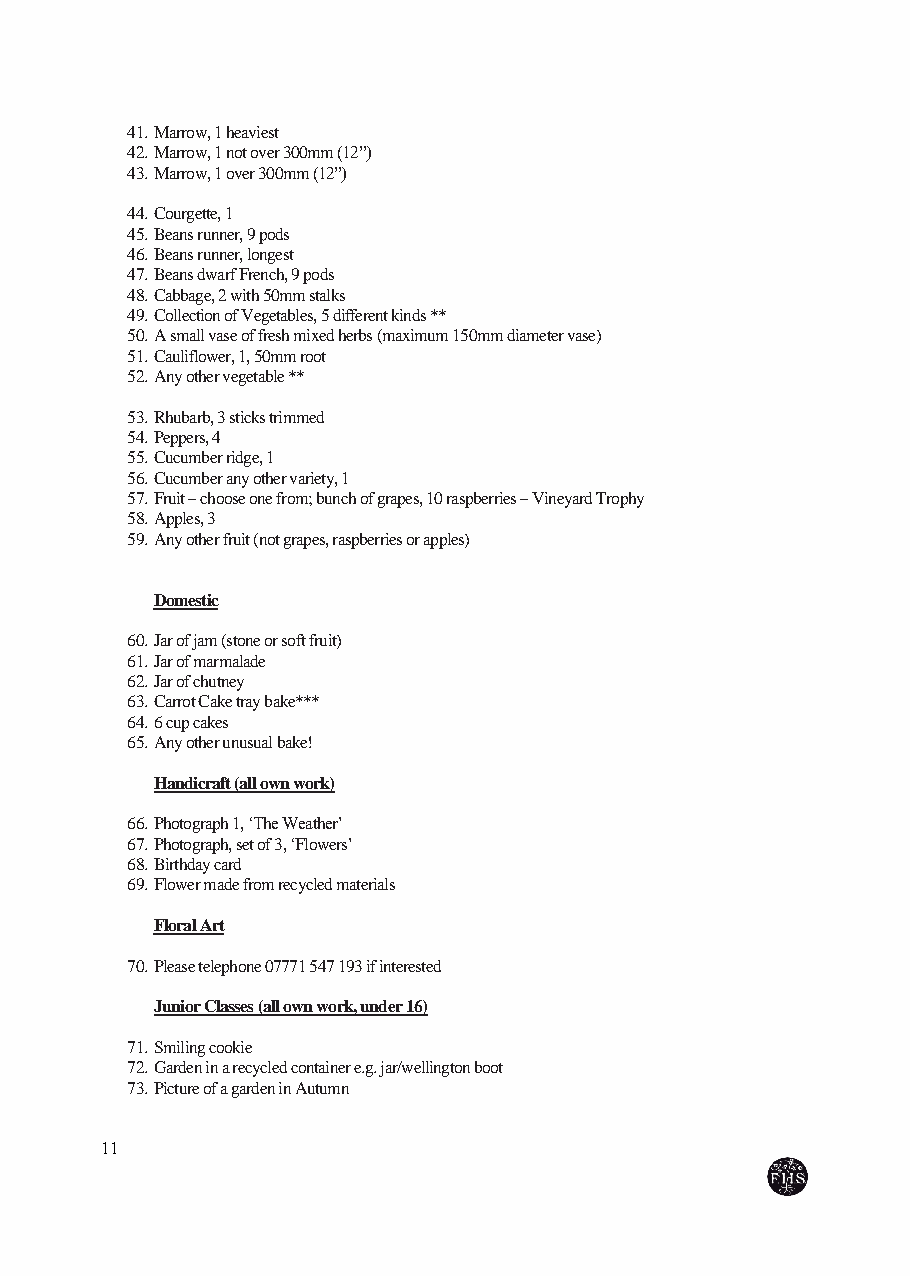
41. Marrow, 1 heaviest
 42. Marrow, 1 not over 300mm (12”)
 43. Marrow, 1 over 300mm (12”)
 44. Courgette, 1
 45. Beans runner, 9 pods
 46. Beans runner, longest
 47. Beans dwarf French, 9 pods
 48. Cabbage, 2 with 50mm stalks
 49. Collection of Vegetables, 5 different kinds **
 50. A small vase of fresh mixed herbs (maximum 150mm diameter vase)
 51. Cauliflower, 1, 50mm root
 52. Any other vegetable **
 53. Rhubarb, 3 sticks trimmed
 54. Peppers, 4
 55. Cucumber ridge, 1
 56. Cucumber any other variety, 1
 57. Fruit – choose one from; bunch of grapes, 10 raspberries – Vineyard Trophy
 58. Apples, 3
 59. Any other fruit (not grapes, raspberries or apples)
 Domestic
 60. Jar of jam (stone or soft fruit)
 61. Jar of marmalade
 62. Jar of chutney
 63. Carrot Cake tray bake***
 64. 6 cup cakes
 65. Any other unusual bake!
 Handicraft (all own work)
 66. Photograph 1, ‘The Weather’
 67. Photograph, set of 3, ‘Flowers’
 68. Birthday card
 69. Flower made from recycled materials
 Floral Art
 70. Please telephone 07771 547 193 if interested
 Junior Classes (all own work, under 16)
 71. Smiling cookie
 72. Garden in a recycled container e.g. jar/wellington boot
 73. Picture of a garden in Autumn
 11